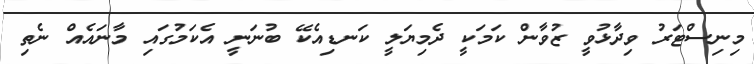
މިނިސްޓަރު ވިދާޅުވީ ޒުވާން ކަމަކީ ދެމިޔަލީ ކަނޑިއެކޭ ބުނަނީ އެކަމުގައި މާނައެއް ނެތި